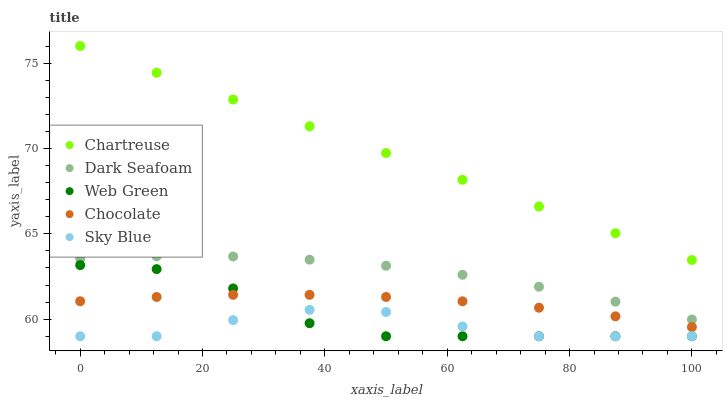
| xaxis_label | Chartreuse | Dark Seafoam | Web Green | Chocolate | Sky Blue |
 | --- | --- | --- | --- | --- | --- |
 | 0 | 76 | 63.5 | 63.2 | 61.1 | 59 |
 | 12.5 | 74.4 | 63.7 | 62.9 | 61.3 | 59 |
 | 25 | 72.9 | 63.7 | 61.8 | 61.4 | 59.9 |
 | 37.5 | 71.3 | 63.5 | 59.8 | 61.4 | 60.5 |
 | 50 | 69.7 | 63.1 | 59 | 61.3 | 60.4 |
 | 62.5 | 68.2 | 62.6 | 59 | 61 | 59.6 |
 | 75 | 66.6 | 61.9 | 59 | 60.7 | 59 |
 | 87.5 | 65 | 61 | 59 | 60.2 | 59 |
 | 100 | 63.5 | 60 | 59 | 59.5 | 59 |